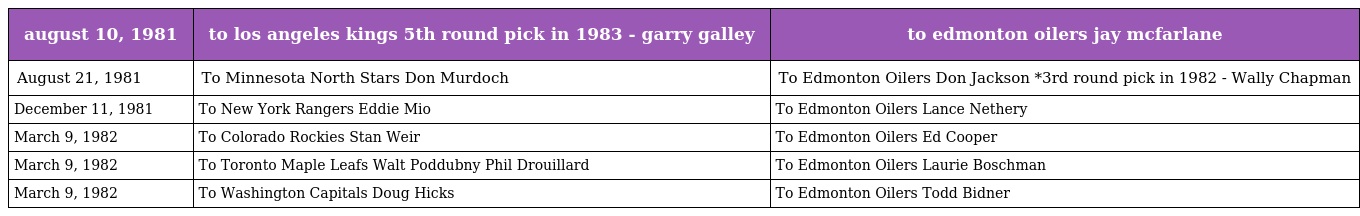
| august 10, 1981 | to los angeles kings 5th round pick in 1983 - garry galley | to edmonton oilers jay mcfarlane |
 | --- | --- | --- |
 | August 21, 1981 | To Minnesota North Stars Don Murdoch | To Edmonton Oilers Don Jackson *3rd round pick in 1982 - Wally Chapman |
 | December 11, 1981 | To New York Rangers Eddie Mio | To Edmonton Oilers Lance Nethery |
 | March 9, 1982 | To Colorado Rockies Stan Weir | To Edmonton Oilers Ed Cooper |
 | March 9, 1982 | To Toronto Maple Leafs Walt Poddubny Phil Drouillard | To Edmonton Oilers Laurie Boschman |
 | March 9, 1982 | To Washington Capitals Doug Hicks | To Edmonton Oilers Todd Bidner |